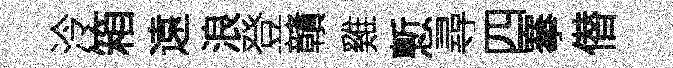
泠箱遠浪登贛雞慙尋四搴僣